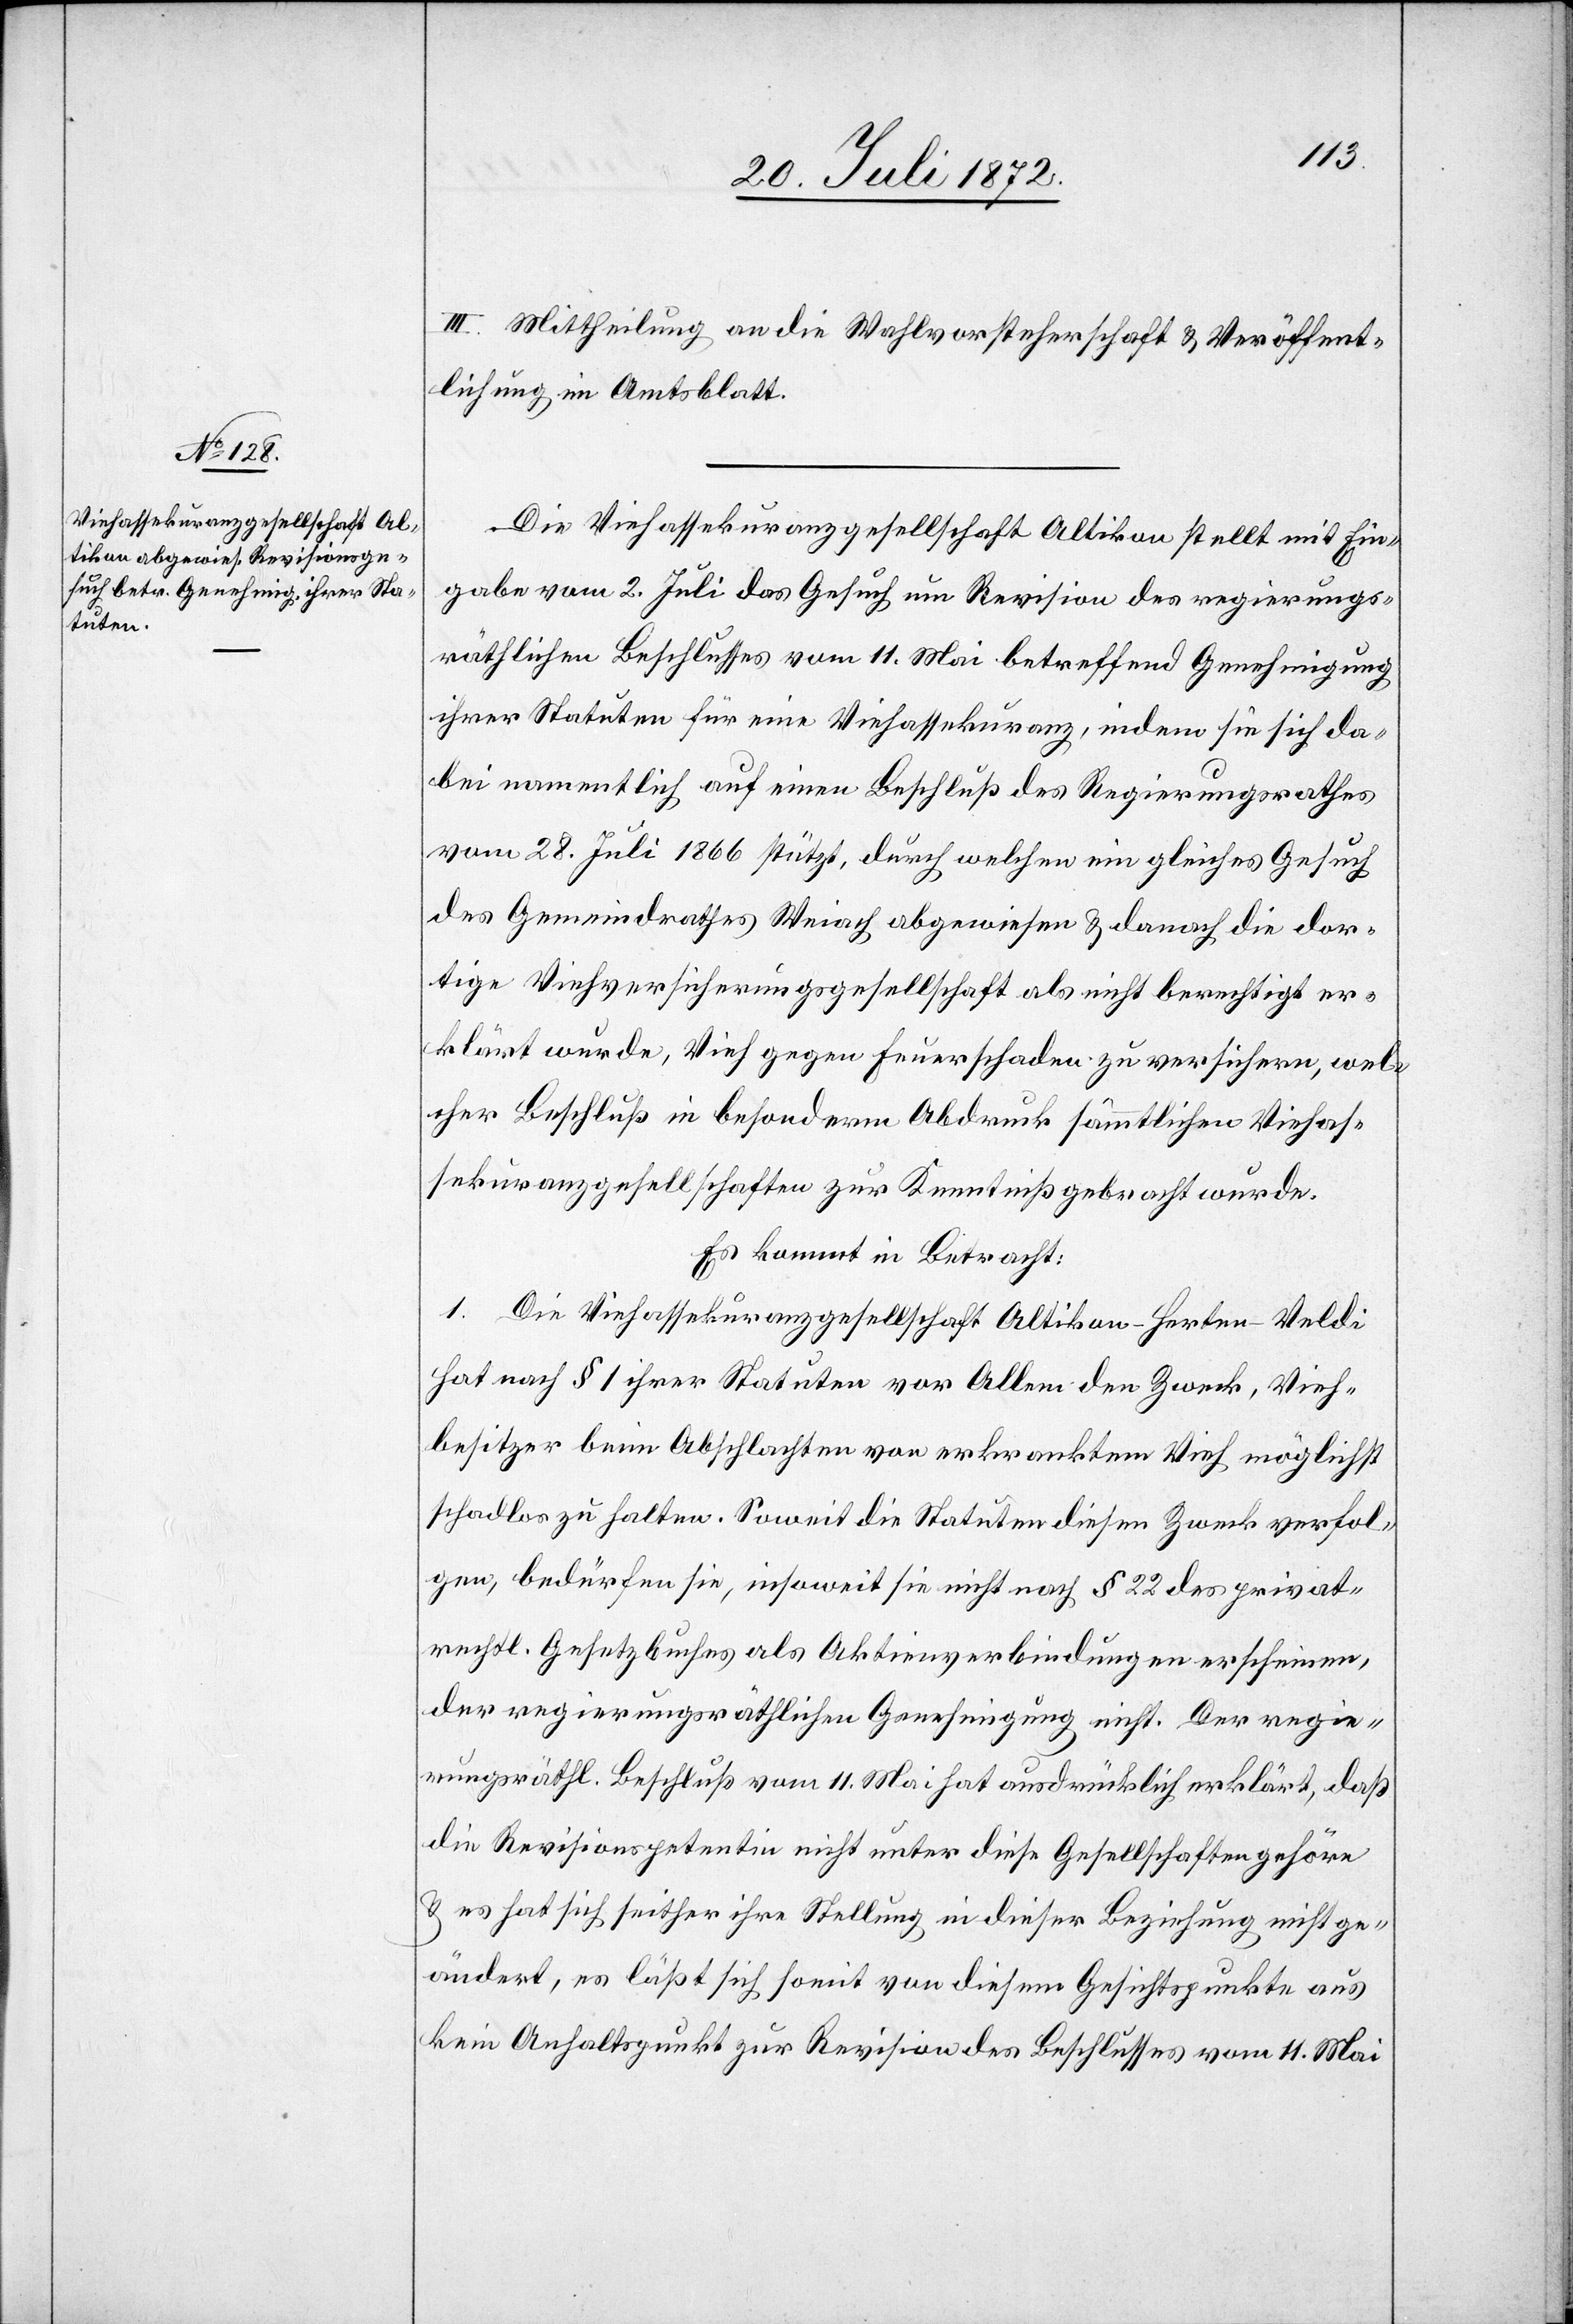
III. Mittheilung an die Wahlvorsteherschaft u. Veröffent¬
lichung im Amtsblatt.
Die Viehassekuranzgesellschaft Altikon stellt mit Ein¬
gabe vom 2. Juli das Gesuch um Revision des regierungs¬
räthlichen Beschlusses vom 11. Mai betreffend Genehmigung
ihrer Statuten für eine Viehassekuranz, indem sie sich da¬
bei namentlich auf einen Beschluß des Regierungsrathes
vom 28. Juli 1866 stützt, durch welchen ein gleiches Gesuch
des Gemeindrathes Weiach abgewiesen u. danach die dor¬
tige Viehversicherungsgesellschaft als nicht berechtigt er¬
klärt wurde, Vieh gegen Feuerschaden zu versichern, wel¬
cher Beschluß in besonderm Abdruck sämmtlicher Viehas¬
sekuranzgesellschaften zur Kenntniß gebracht wurde.
Es kommt in Betracht:
1. Die Viehassekuranzgesellschaft Altikon-Herten-Veldi
hat nach § 1 ihrer Statuten vor Allem den Zweck, Vieh¬
besitzer beim Abschlachten von erkranktem Vieh möglichst
schadlos zu halten. Soweit die Statuten diesen Zweck verfol¬
gen, bedürfen sie, insoweit sie nicht nach § 22 des privat¬
rechtl. Gesetzbuches als Aktienverbindungen erscheinen,
der regierungsräthlichen Genehmigung nicht. Der regie¬
rungsräthl. Beschluß vom 11. Mai hat ausdrücklich erklärt, daß
die Revisionspetentin nicht unter diese Gesellschaften gehöre
u. es hat sich seither ihre Stellung in dieser Beziehung nicht ge¬
ändert, es läßt sich somit von diesem Gesichtspunkte aus
kein Anhaltspunkt zur Revision des Beschlusses vom 11. Mai